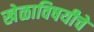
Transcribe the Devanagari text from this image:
खेळाविषयीचे